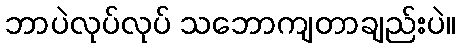
ဘာပဲလုပ်လုပ် သဘောကျတာချည်းပဲ။